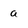
Character: a